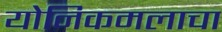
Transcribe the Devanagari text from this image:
योनिकमलाचा